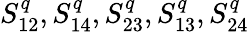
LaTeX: S_{12}^{q},S_{14}^{q},S_{23}^{q},S_{13}^{q},S_{24}^{q}